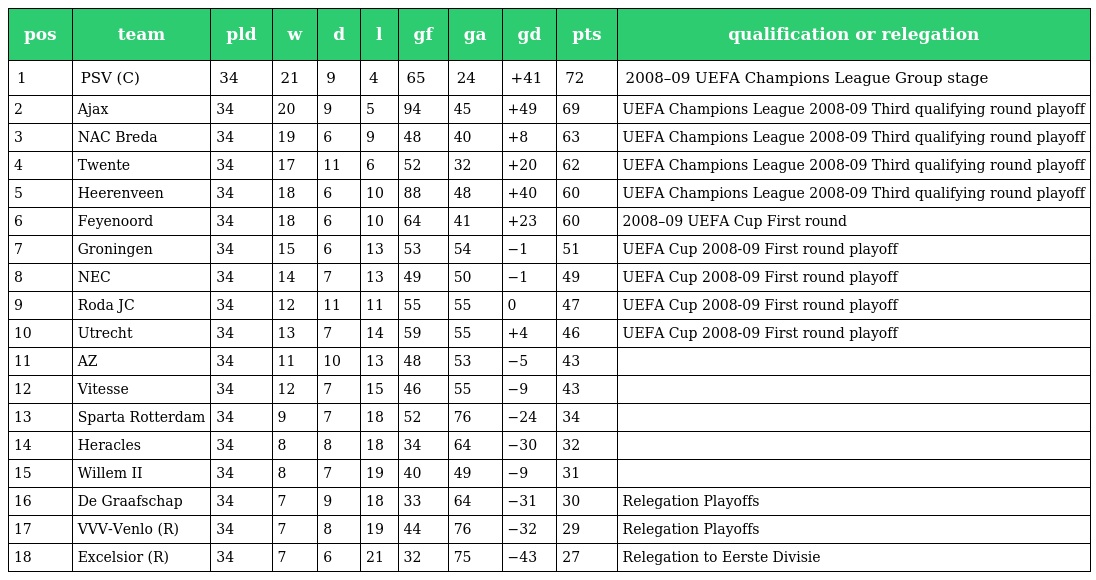
| pos | team | pld | w | d | l | gf | ga | gd | pts | qualification or relegation |
 | --- | --- | --- | --- | --- | --- | --- | --- | --- | --- | --- |
 | 1 | PSV (C) | 34 | 21 | 9 | 4 | 65 | 24 | +41 | 72 | 2008–09 UEFA Champions League Group stage |
 | 2 | Ajax | 34 | 20 | 9 | 5 | 94 | 45 | +49 | 69 | UEFA Champions League 2008-09 Third qualifying round playoff |
 | 3 | NAC Breda | 34 | 19 | 6 | 9 | 48 | 40 | +8 | 63 | UEFA Champions League 2008-09 Third qualifying round playoff |
 | 4 | Twente | 34 | 17 | 11 | 6 | 52 | 32 | +20 | 62 | UEFA Champions League 2008-09 Third qualifying round playoff |
 | 5 | Heerenveen | 34 | 18 | 6 | 10 | 88 | 48 | +40 | 60 | UEFA Champions League 2008-09 Third qualifying round playoff |
 | 6 | Feyenoord | 34 | 18 | 6 | 10 | 64 | 41 | +23 | 60 | 2008–09 UEFA Cup First round |
 | 7 | Groningen | 34 | 15 | 6 | 13 | 53 | 54 | −1 | 51 | UEFA Cup 2008-09 First round playoff |
 | 8 | NEC | 34 | 14 | 7 | 13 | 49 | 50 | −1 | 49 | UEFA Cup 2008-09 First round playoff |
 | 9 | Roda JC | 34 | 12 | 11 | 11 | 55 | 55 | 0 | 47 | UEFA Cup 2008-09 First round playoff |
 | 10 | Utrecht | 34 | 13 | 7 | 14 | 59 | 55 | +4 | 46 | UEFA Cup 2008-09 First round playoff |
 | 11 | AZ | 34 | 11 | 10 | 13 | 48 | 53 | −5 | 43 |  |
 | 12 | Vitesse | 34 | 12 | 7 | 15 | 46 | 55 | −9 | 43 |  |
 | 13 | Sparta Rotterdam | 34 | 9 | 7 | 18 | 52 | 76 | −24 | 34 |  |
 | 14 | Heracles | 34 | 8 | 8 | 18 | 34 | 64 | −30 | 32 |  |
 | 15 | Willem II | 34 | 8 | 7 | 19 | 40 | 49 | −9 | 31 |  |
 | 16 | De Graafschap | 34 | 7 | 9 | 18 | 33 | 64 | −31 | 30 | Relegation Playoffs |
 | 17 | VVV-Venlo (R) | 34 | 7 | 8 | 19 | 44 | 76 | −32 | 29 | Relegation Playoffs |
 | 18 | Excelsior (R) | 34 | 7 | 6 | 21 | 32 | 75 | −43 | 27 | Relegation to Eerste Divisie |